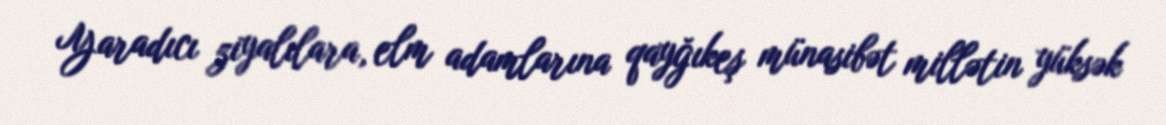
Yaradıcı ziyalılara, elm adamlarına qayğıkeş münasibət millətin yüksək